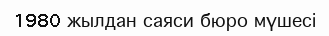
1980 жылдан саяси бюро мүшесі